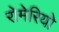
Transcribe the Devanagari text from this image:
रोमेरियो